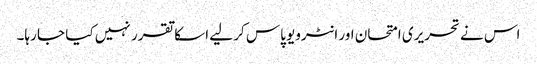
اس نے تحریری امتحان اور انٹرویو پاس کر لیے اسکا تقرر نہیں کیا جا رہا۔